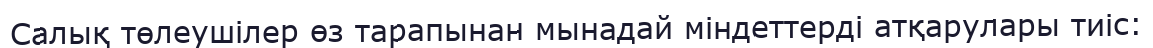
Салық төлеушілер өз тарапынан мынадай міндеттерді атқарулары тиіс: